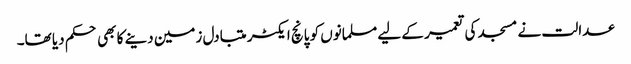
عدالت نے مسجد کی تعمیر کے لیے مسلمانوں کو پانچ ایکٹر متبادل زمین دینے کا بھی حکم دیا تھا۔